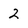
Character: 2